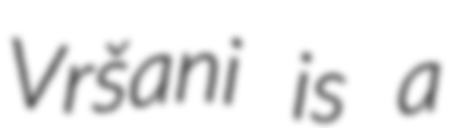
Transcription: Vršani is a